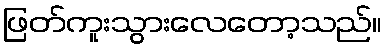
ဖြတ်ကူးသွားလေတော့သည်။